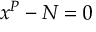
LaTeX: \ x ^ { P } - N = 0